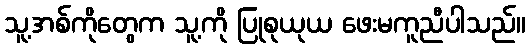
သူ့အစ်ကိုတွေက သူ့ကို ပြုစုယုယ ဖေးမကူညီပါသည်။